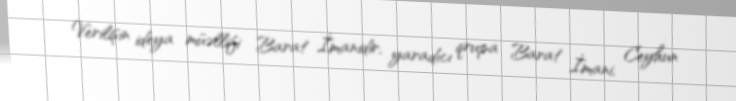
Verilişin ideya müəllifi Barat İmanidir, yaradıcı qrupa Barat İmani, Ceyhun